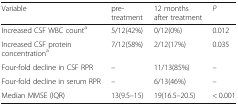
| Variable | pre-treatment | 12 months after treatment | P |
 | --- | --- | --- | --- |
 | Increased CSF WBC counta | 5/12(42%) | 0/12(0%) | 0.012 |
 | Increased CSF protein concentrationa | 7/12(58%) | 2/12(17%) | 0.035 |
 | Four-fold decline in CSF RPR | – | 11/13(85%) | – |
 | Four-fold decline in serum RPR | – | 6/13(46%) | – |
 | Median MMSE (IQR) | 13(9.5–15) | 19(16.5–20.5) | < 0.001 |